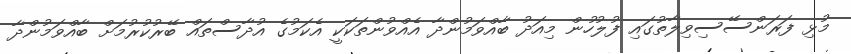
މުޅި ފަރަންސޭސިވިލާތުގައި ފުލުހުން މިއަދު ބާއްވަމުންދާ އެއްވުންތަކަކީ އެކަމުގެ އުދާސްތައް ބޭރުކުރުމަށް ބާއްވަމުންދާ